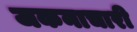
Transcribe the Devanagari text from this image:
जकनाचारी